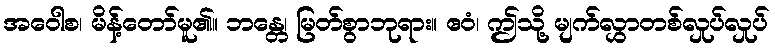
အဝေါစ၊ မိန့်တော်မူ၏။ ဘန္တေ၊ မြတ်စွာဘုရား။ ဧဝံ၊ ဤသို့ မျက်လွှာတစ်လှုပ်လှုပ်